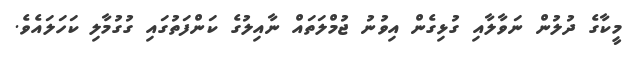
މީކާގެ ދުލުން ނަވާލާއި ގުޅިގެން އިވުނު ޖުމްލަތައް ނާއިލުގެ ކަންފަތުގައި ގުގުމާލި ކަހަލައެވެ.